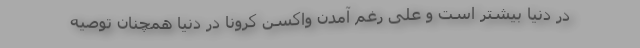
در دنیا بیشتر است و علی رغم آمدن واکسن کرونا در دنیا همچنان توصیه